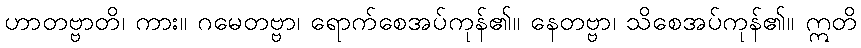
ဟာတဗ္ဗာတိ၊ ကား။ ဂမေတဗ္ဗာ၊ ရောက်စေအပ်ကုန်၏။ နေတဗ္ဗာ၊ သိစေအပ်ကုန်၏။ ဣတိ